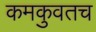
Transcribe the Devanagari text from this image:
कमकुवतच